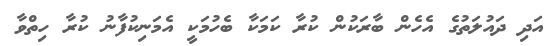
އަދި ދައުލަތުގެ އެހެން ބާރަކުން ކުރާ ކަމަކާ ބެހުމަކީ އެމަނިކުފާނު ކުރާ ހިތްވާ